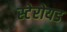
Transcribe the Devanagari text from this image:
स्टेरोयड